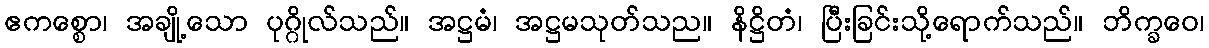
ဧကစ္စော၊ အချို့သော ပုဂ္ဂိုလ်သည်။ အဋ္ဌမံ၊ အဋ္ဌမသုတ်သည။ နိဋ္ဌိတံ၊ ပြီးခြင်းသို့ရောက်သည်။ ဘိက္ခဝေ၊